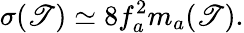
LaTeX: \sigma(\mathscr{T})\simeq8f_{a}^{2}m_{a}(\mathscr{T}).